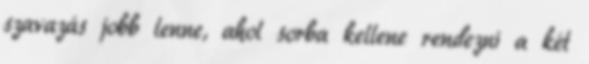
szavazás jobb lenne, ahol sorba kellene rendezni a két